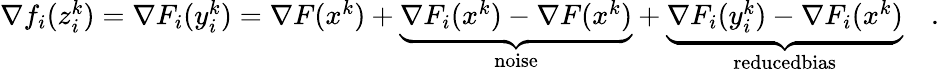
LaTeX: \begin{array}{rl}{\nabla f_{i}(z_{i}^{k})=\nabla F_{i}(y_{i}^{k})=\nabla F(x^{k})+\underbrace{\nabla F_{i}(x^{k})-\nabla F(x^{k})}_{\mathrm{noise}}+\underbrace{\nabla F_{i}(y_{i}^{k})-\nabla F_{i}(x^{k})}_{\textrm{reducedbias}}}&{.}\end{array}